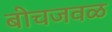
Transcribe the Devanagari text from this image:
बीचजवळ